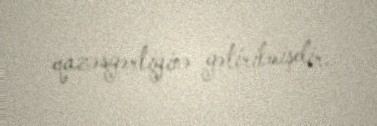
qazəsgərliyinə gətirilmişdir.